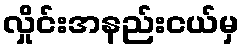
လှိုင်းအနည်းငယ်မှ